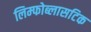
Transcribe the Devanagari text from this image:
लिम्फोब्लासटिक